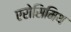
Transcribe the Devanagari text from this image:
एरोसिमिथ